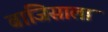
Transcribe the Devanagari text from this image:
बाजिसाला